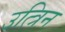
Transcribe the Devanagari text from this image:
उत्त्रिन